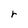
Character: r